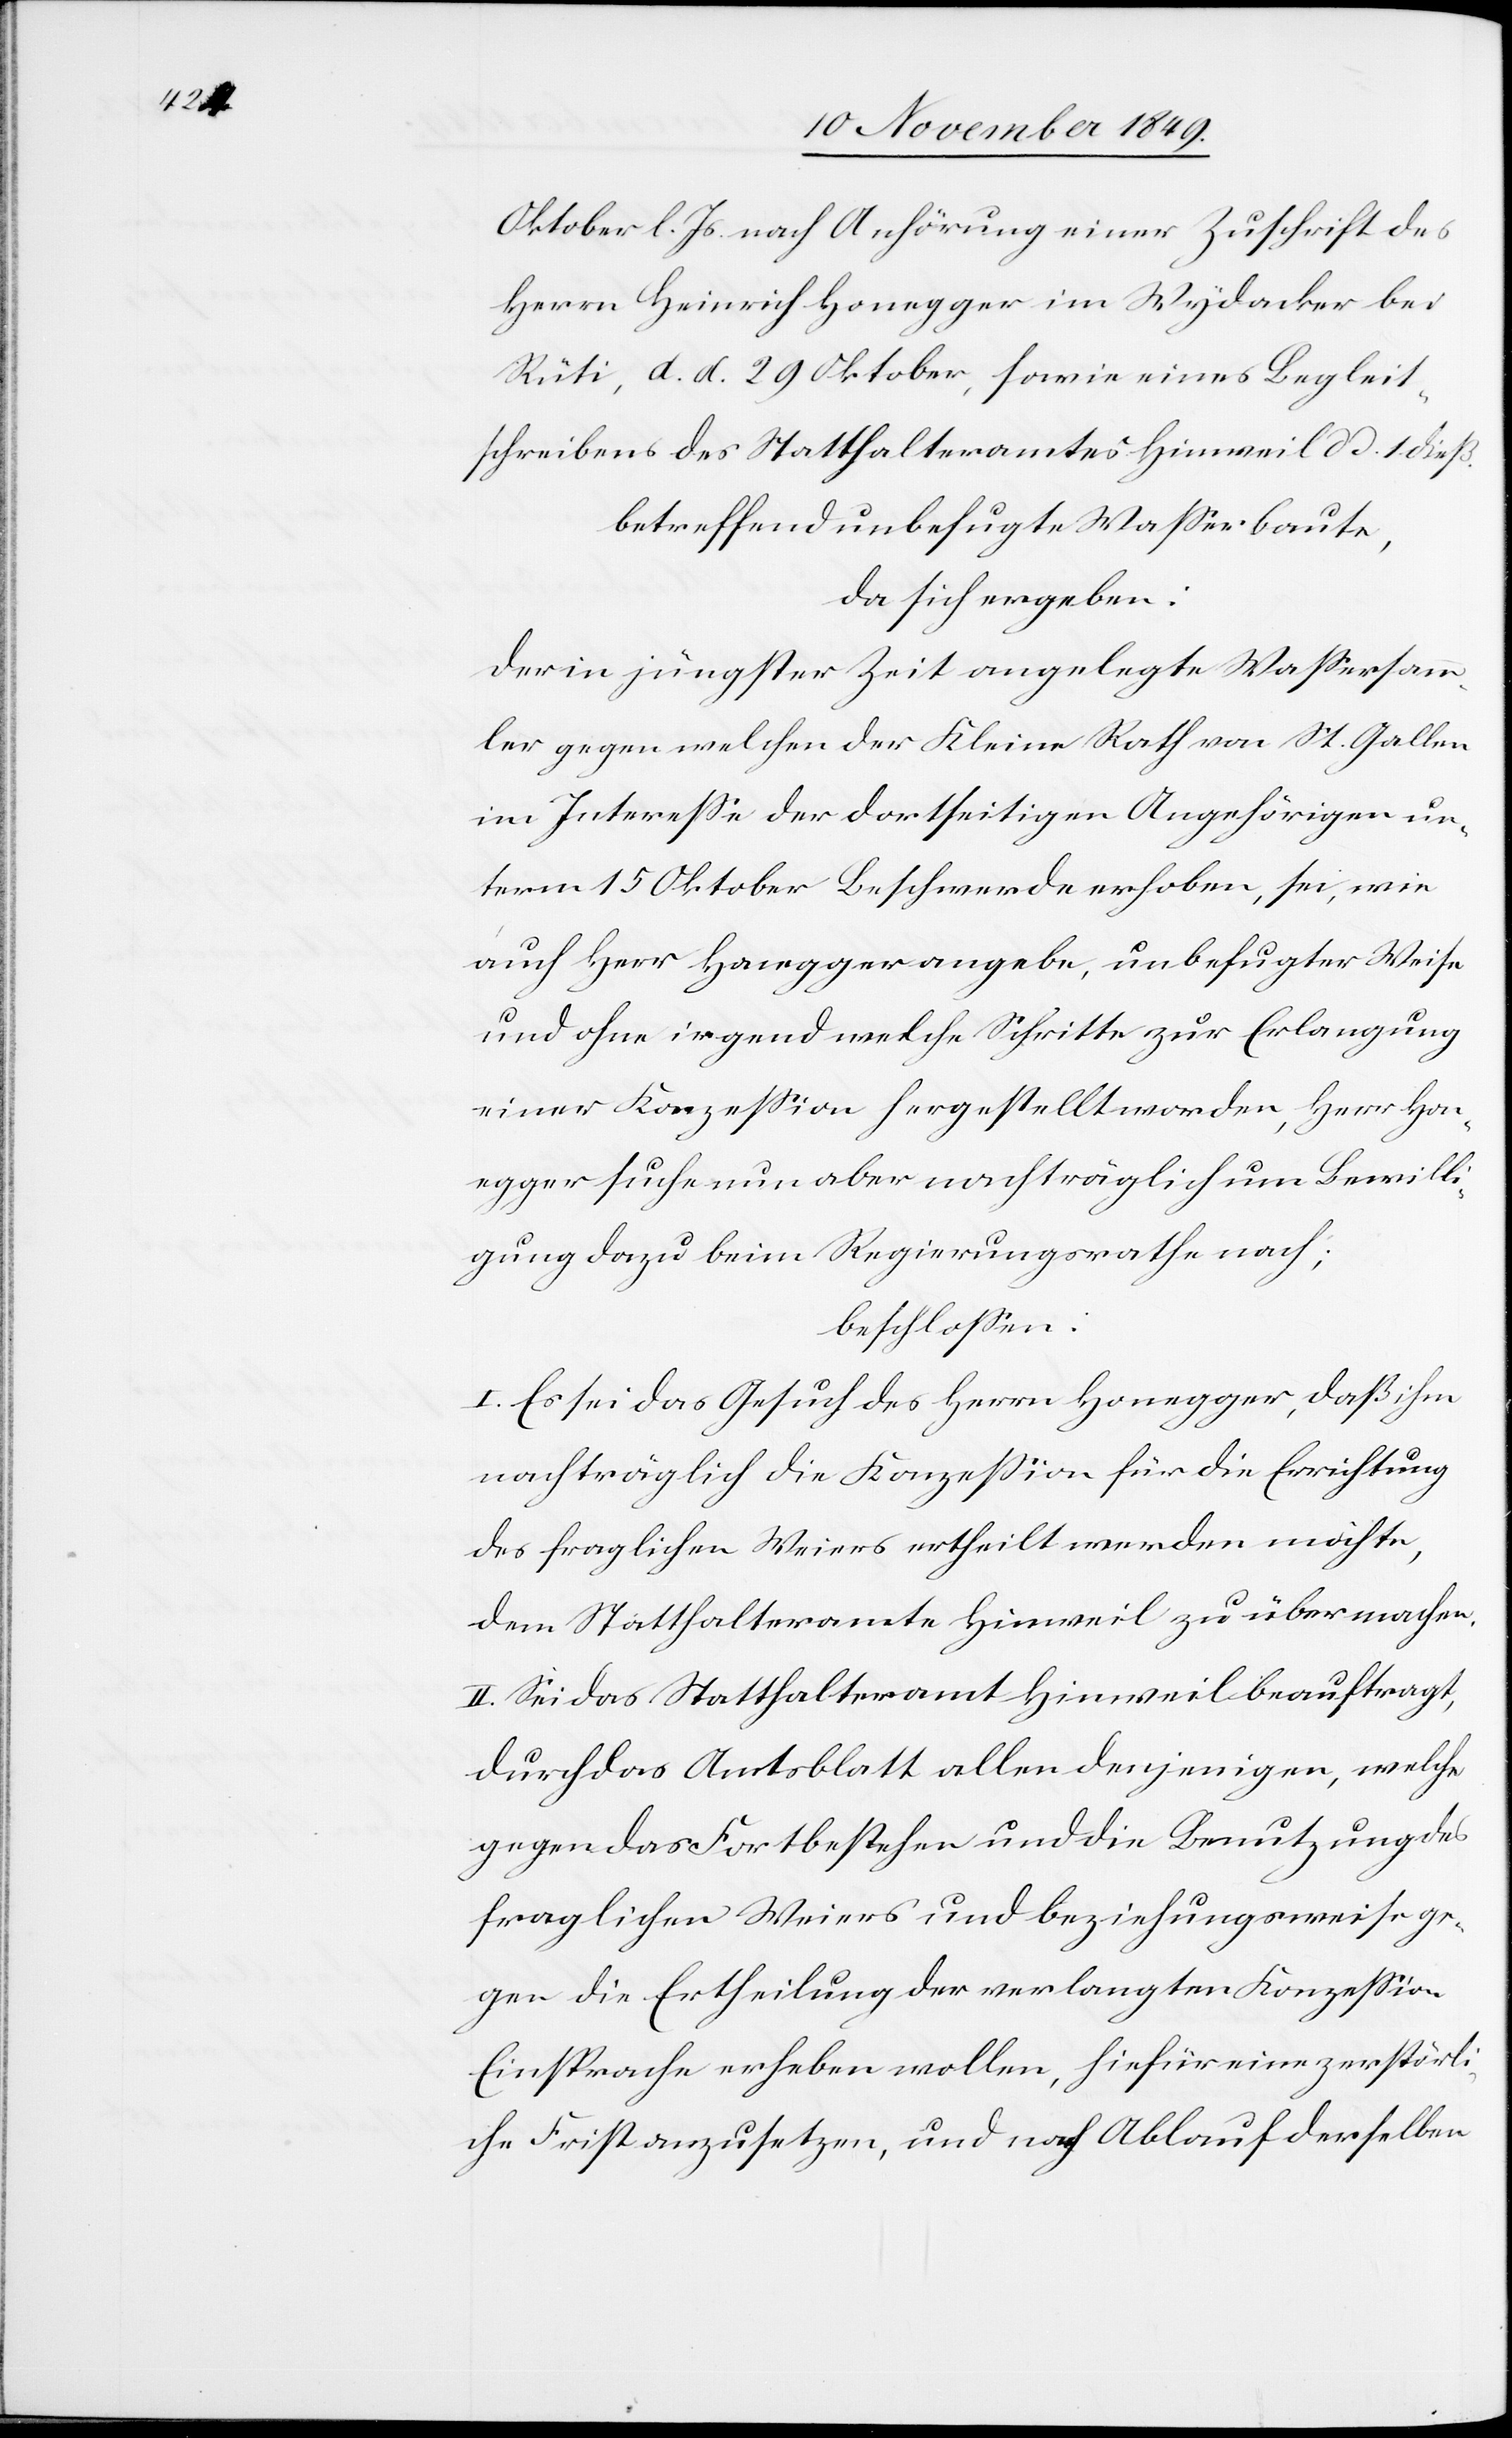
Oktober l. Js. nach Anhörung einer Zuschrift des
Herrn Heinrich Honegger im Wydacker bei
Rüti, d. d. 29 Oktober, sowie eines Begleit¬
schreibens des Statthalteramtes Hinweil d. d. 1 dieß.
betreffend unbefugte Waßerbaute,
da sich ergeben:
Der in jüngster Zeit angelegte Waßersamm¬
ler gegen welchen der Kleine Rath von St. Gallen
im Intereße der dortseitigen Angehörigen un¬
term 15 Oktober Beschwerde erhoben, sei, wie
auch Herr Honegger angebe, unbefugter Weise
und ohne irgend welche Schritte zur Erlangung
einer Konzeßion hergestellt worden, Herr Hon¬
egger suche nun aber nachträglich um Bewilli¬
gung dazu beim Regierungsrathe nach;
beschloßen:
I. Es sei das Gesuch des Herrn Honegger, daß ihm
nachträglich die Konzeßion für die Errichtung
des fraglichen Weiers ertheilt werden möchte,
dem Statthalteramte Hinweil zu übermachen.
II. Sei das Statthalteramt Hinweil beauftragt,
durch das Amtsblatt allen denjenigen, welche
gegen das Fortbestehen und die Benutzung des
fraglichen Weiers und beziehungsweise ge¬
gen die Ertheilung der verlangten Konzeßion
Einsprache erheben wollen, hiefür eine zerstörli¬
che Frist anzusetzen, und nach Ablauf derselben